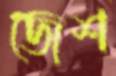
জেশ